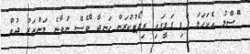
ޭަސްލު އެކަހަލަ ގަޑި ގަޑީގައި ރިޕޯޓުކުރަން ހަނދާ ްވެސް ނުވާނެ މަންޒަރު ދުއް